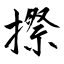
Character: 摖